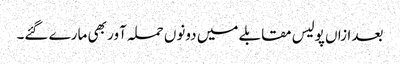
بعد ازاں پولیس مقابلے میں دونوں حملہ آور بھی مارے گئے۔